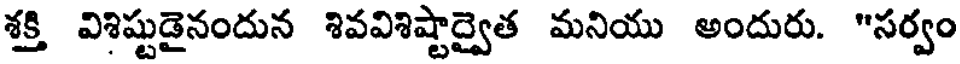
శక్తి విశిష్టుడైనందున శివవిశిష్టాద్వైత మనియు అందురు. "సర్వం